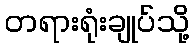
တရားရုံးချုပ်သို့